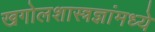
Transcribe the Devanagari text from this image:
खगोलशास्त्रज्ञांमध्ये